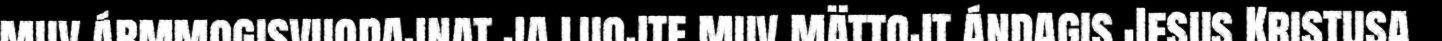
muv ármmogisvuodajnat ja luojte muv mättojt ándagis Jesus Kristusa